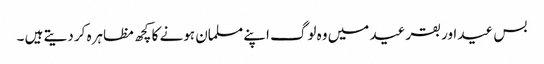
بس عید اور بقر عید میں وہ لوگ اپنے مسلمان ہونے کا کچھ مظاہرہ کر دیتے ہیں ۔